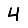
Digit: 4